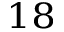
_ { 1 8 }